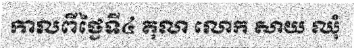
កាលពីថ្ងៃទី៤ តុលា លោក សាយ ឈុំ